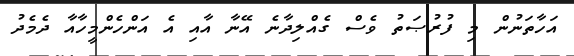
އަހާތަނުން މި ފުރުޞަތު ވެސް ގެއްލިދާނެ އޭނާ އާއި އެ އަންހެންމީހާއާ ދެމެދު